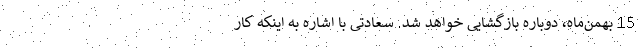
15 بهمن‌ماه، دوباره بازگشایی خواهد شد. سعادتی با اشاره به اینکه کار